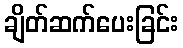
ချိတ်ဆက်ပေးခြင်း